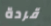
قردة